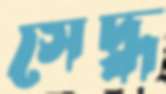
সেদ্ধ